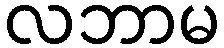
လဘာမ